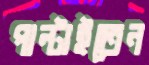
পাল্‌টাইতেন